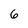
Character: 6